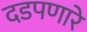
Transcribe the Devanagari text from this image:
दडपणारे